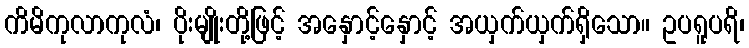
ကိမိကုလာကုလံ၊ ပိုးမျိုးတို့ဖြင့် အနှောင့်နှောင့် အယှက်ယှက်ရှိသော။ ဥပရူပရိ၊